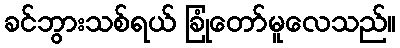
ခင်ဘွားသစ်ရယ် ခြုံတော်မူလေသည်။